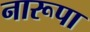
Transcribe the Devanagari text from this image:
नारूपा